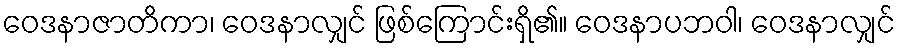
ဝေဒနာဇာတိကာ၊ ဝေဒနာလျှင် ဖြစ်ကြောင်းရှိ၏။ ဝေဒနာပဘဝါ၊ ဝေဒနာလျှင်